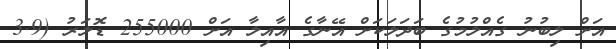
އަށް ލިބުނު ގެއްލުމުގެ ބަދަލަކަށް އޭނާގެ އާއިލާ އަށް 255000 ޑޮލަރު (3.9